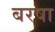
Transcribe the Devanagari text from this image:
बरषा